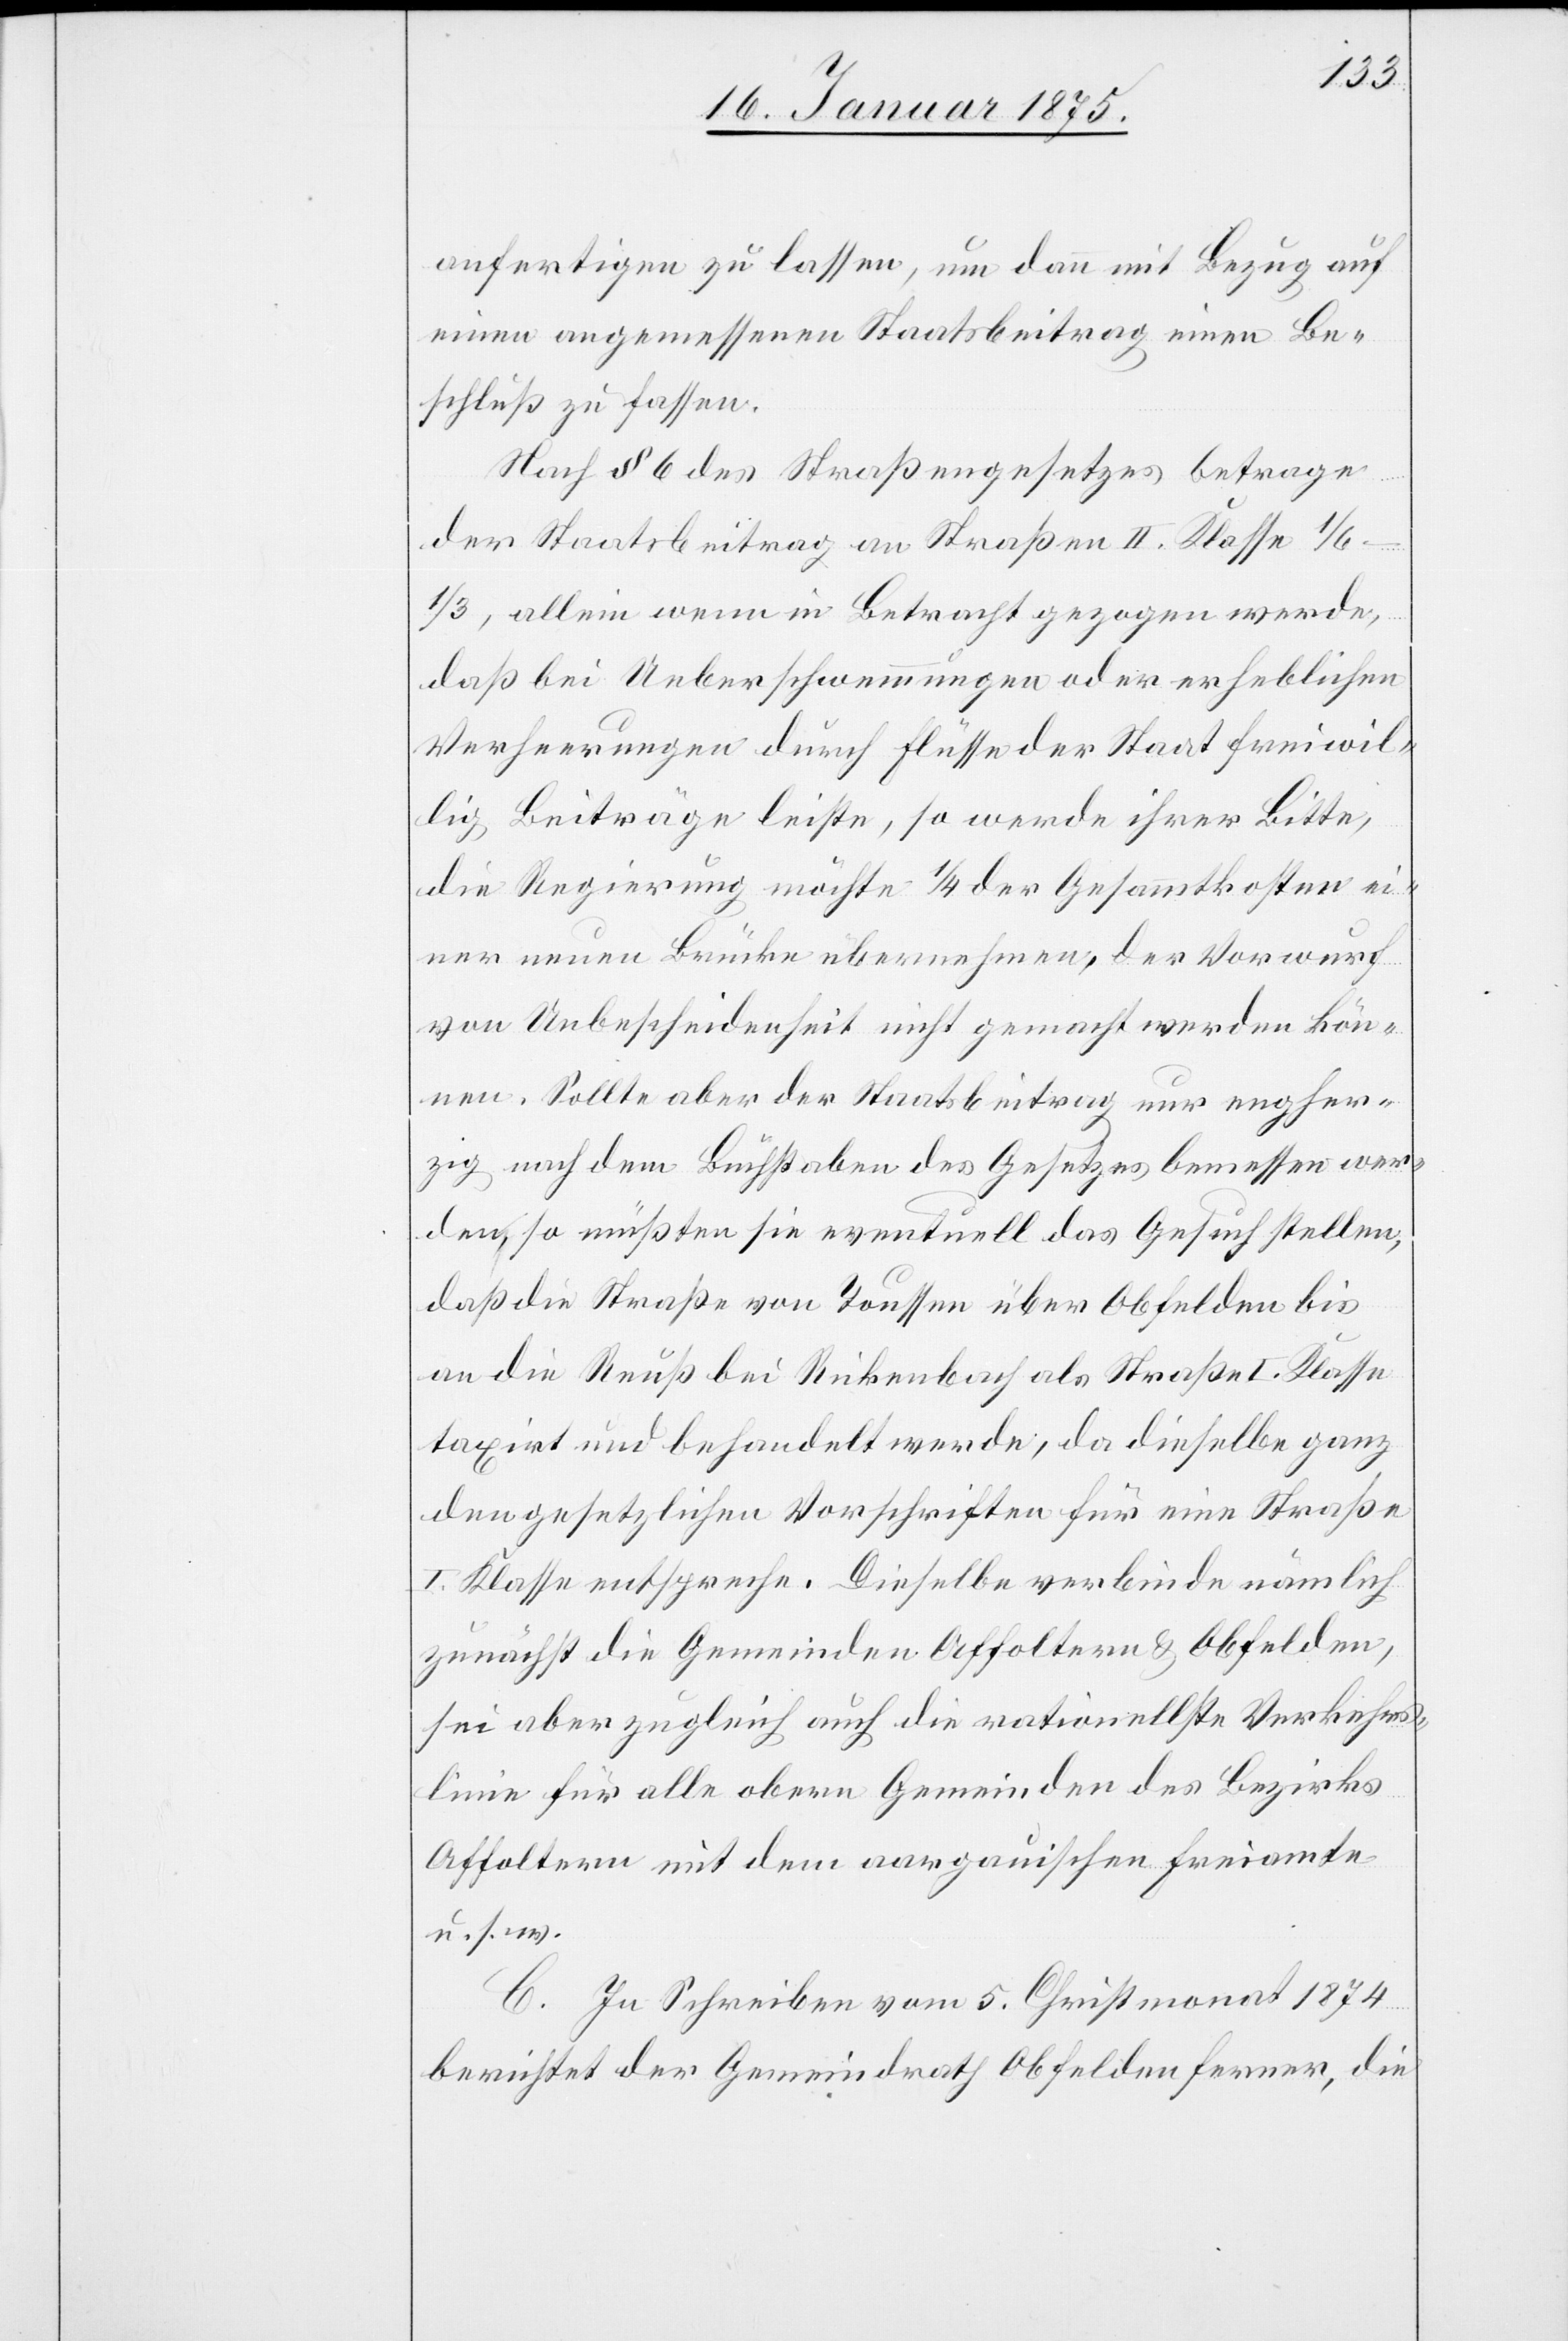
anfertigen lassen, um dann mit Bezug auf
einen angemessenen Staatsbeitrag einen Be¬
schluß zu fassen.
Nach § 6 des Straßengesetzes betrage
der Staatsbeitrag an Straßen II. Klasse 1/6–1/3,
allein wenn in Betracht gezogen werde,
daß bei Ueberschwemmungen oder erheblichen
Verheerungen durch Flüsse der Staat freiwil¬
lig Beiträge leiste, so werde ihrer Bitte,
die Regierung möchte 1/4 der Gesammtkosten ei¬
ner neuen Brücke übernehmen, der Vorwurf
von Unbescheidenheit nicht gemacht werden kön¬
nen. Sollte aber der Staatsbeitrag nur engher¬
zig nach dem Buchstaben des Gesetzes bemessen wer¬
den, so müßten sie eventuell das Gesuch stellen,
daß die Straße von Toussen über Obfelden bis
an die Reuß bei Rickenbach als Straße I. Klasse
taxirt und behandelt werde, da dieselbe ganz
den gesetzlichen Vorschriften für eine Straße
I. Klasse entspreche. Dieselbe verbinde nämlich
zunächst die Gemeinden Affoltern & Obfelden,
sei aber zugleich auch die rationellste Verkehrs¬
linie für alle obern Gemeinden des Bezirks
Affoltern mit dem aargauischen Freiamte
u. s. w.
C. In Schreiben vom 5. Christmonat 1874
berichtet der Gemeindrath Obfelden ferner, die